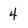
Character: 4